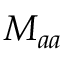
M _ { a a }